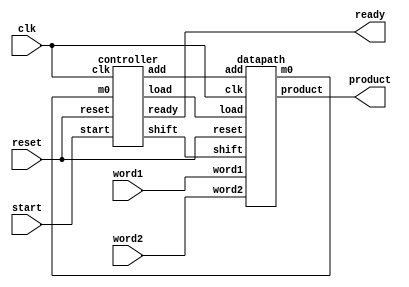
module mul(clk, reset, start, word1, word2, product, ready); 
	input clk, reset, start;
	input [3:0] word1, word2;
	output [7:0] product;
	output ready;

	wire  m0, load, shift, add;
	
	datapath u1 (clk, reset, load, shift, add, word1, word2, product, m0);
	controller u2 (clk, reset, start, m0, load, shift, add, ready);

endmodule

module datapath (clk, reset, load, shift, add, word1, word2, product, m0); 
	input clk, reset, load, shift, add;
	input [3:0] word1, word2;
	output [7:0] product;
	output m0;
	
	reg [7:0] product;	
	reg carry;
	reg [3:0] multiplicand;	
	wire[4:0] sum;			// 5-bit	
	
	assign m0 = product[0];
	assign sum = product[7:4] + multiplicand;

  	always @ (posedge clk or posedge reset) begin
		if (reset) begin multiplicand <= 0; product <= 0; end
    		else if (load) begin 
			multiplicand <= word1;	
			product <= {4'b0, word2}; 	// lower 4-bit = multiplier
		end 
		else if (shift) begin		// shift-right
			product <= {carry, product[7:1]}; carry <= 0; end
		else if (add) 	// add & shift right
			{carry, product[7:4]} <= sum;
		end
endmodule

module controller (clk, reset, start, m0, load, shift, add, ready);
	input clk, reset, start, m0;
	output load, shift, add, ready;
	
	reg [3:0] state;
	localparam S0=0, S1=8, S2=9, S3=10, S4=11, S5=12, S6=13, S7=14, S8=15;
	
	always @ (posedge clk or posedge reset)  	// State transitions (with register)
		if (reset) state <= S0; 
		else 
			case (state)
			 S0: if (start) begin state <= S1; end
			 S1: if (m0) state <= S2; else state <= S3;
			 S2: state <= S3;
			 S3: if (m0) state <= S4; else state <= S5;
			 S4: state <= S5;
			 S5: if (m0) state <= S6; else state <= S7;
			 S6: state <= S7;
			 S7: if (m0) state <= S8; else state <= S0;
			 S8: state <= S0;
			endcase
		
 // control output logic
	assign load = (state==S0) & start; 
	assign shift = (state==S1||state==S3||state==S5||state==S7) & ~m0 | (state==S2||state==S4||state==S6||state==S8);
	assign add = (state==S1||state==S3||state==S5||state==S7) & m0;
	assign ready = (state==S0) & ~reset;
endmodule